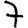
Digit: 7